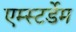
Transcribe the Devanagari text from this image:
एम्स्टर्डेम